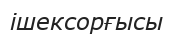
ішексорғысы